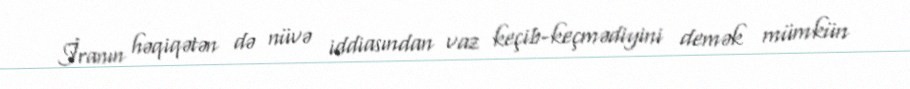
İranın həqiqətən də nüvə iddiasından vaz keçib-keçmədiyini demək mümkün